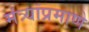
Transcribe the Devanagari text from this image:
मंत्र्यांप्रमाणे